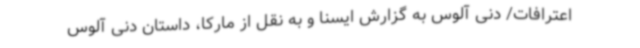
اعترافات/ دنی آلوس به گزارش ایسنا و به نقل از مارکا، داستان دنی آلوس